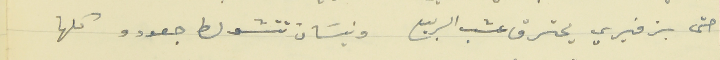
حتى بزفيري يحترق عشب الربيع                     ونيسَان تتشولط جعودو كلها